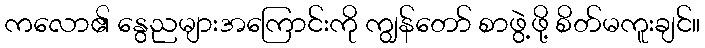
ကလော၏ နွေညများအကြောင်းကို ကျွန်တော် စာဖွဲ့ဖို့ စိတ်မကူးချင်။